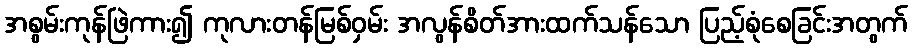
အစွမ်းကုန်ဖြဲကား၍ ကုလားတန်မြစ်ဝှမ်း အလွန်စိတ်အားထက်သန်သော ပြည့်စုံစေခြင်းအတွက်